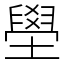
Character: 壆